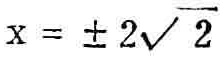
\(x = \pm 2\sqrt{2}\)